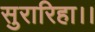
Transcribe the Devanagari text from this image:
सुरारिहा।।